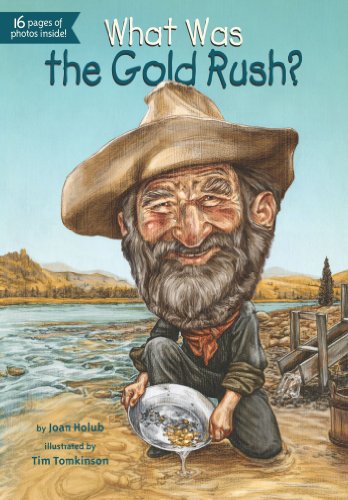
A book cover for What Was the Gold Rush?; Joan Holub; Children's Books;